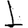
Digit: 1